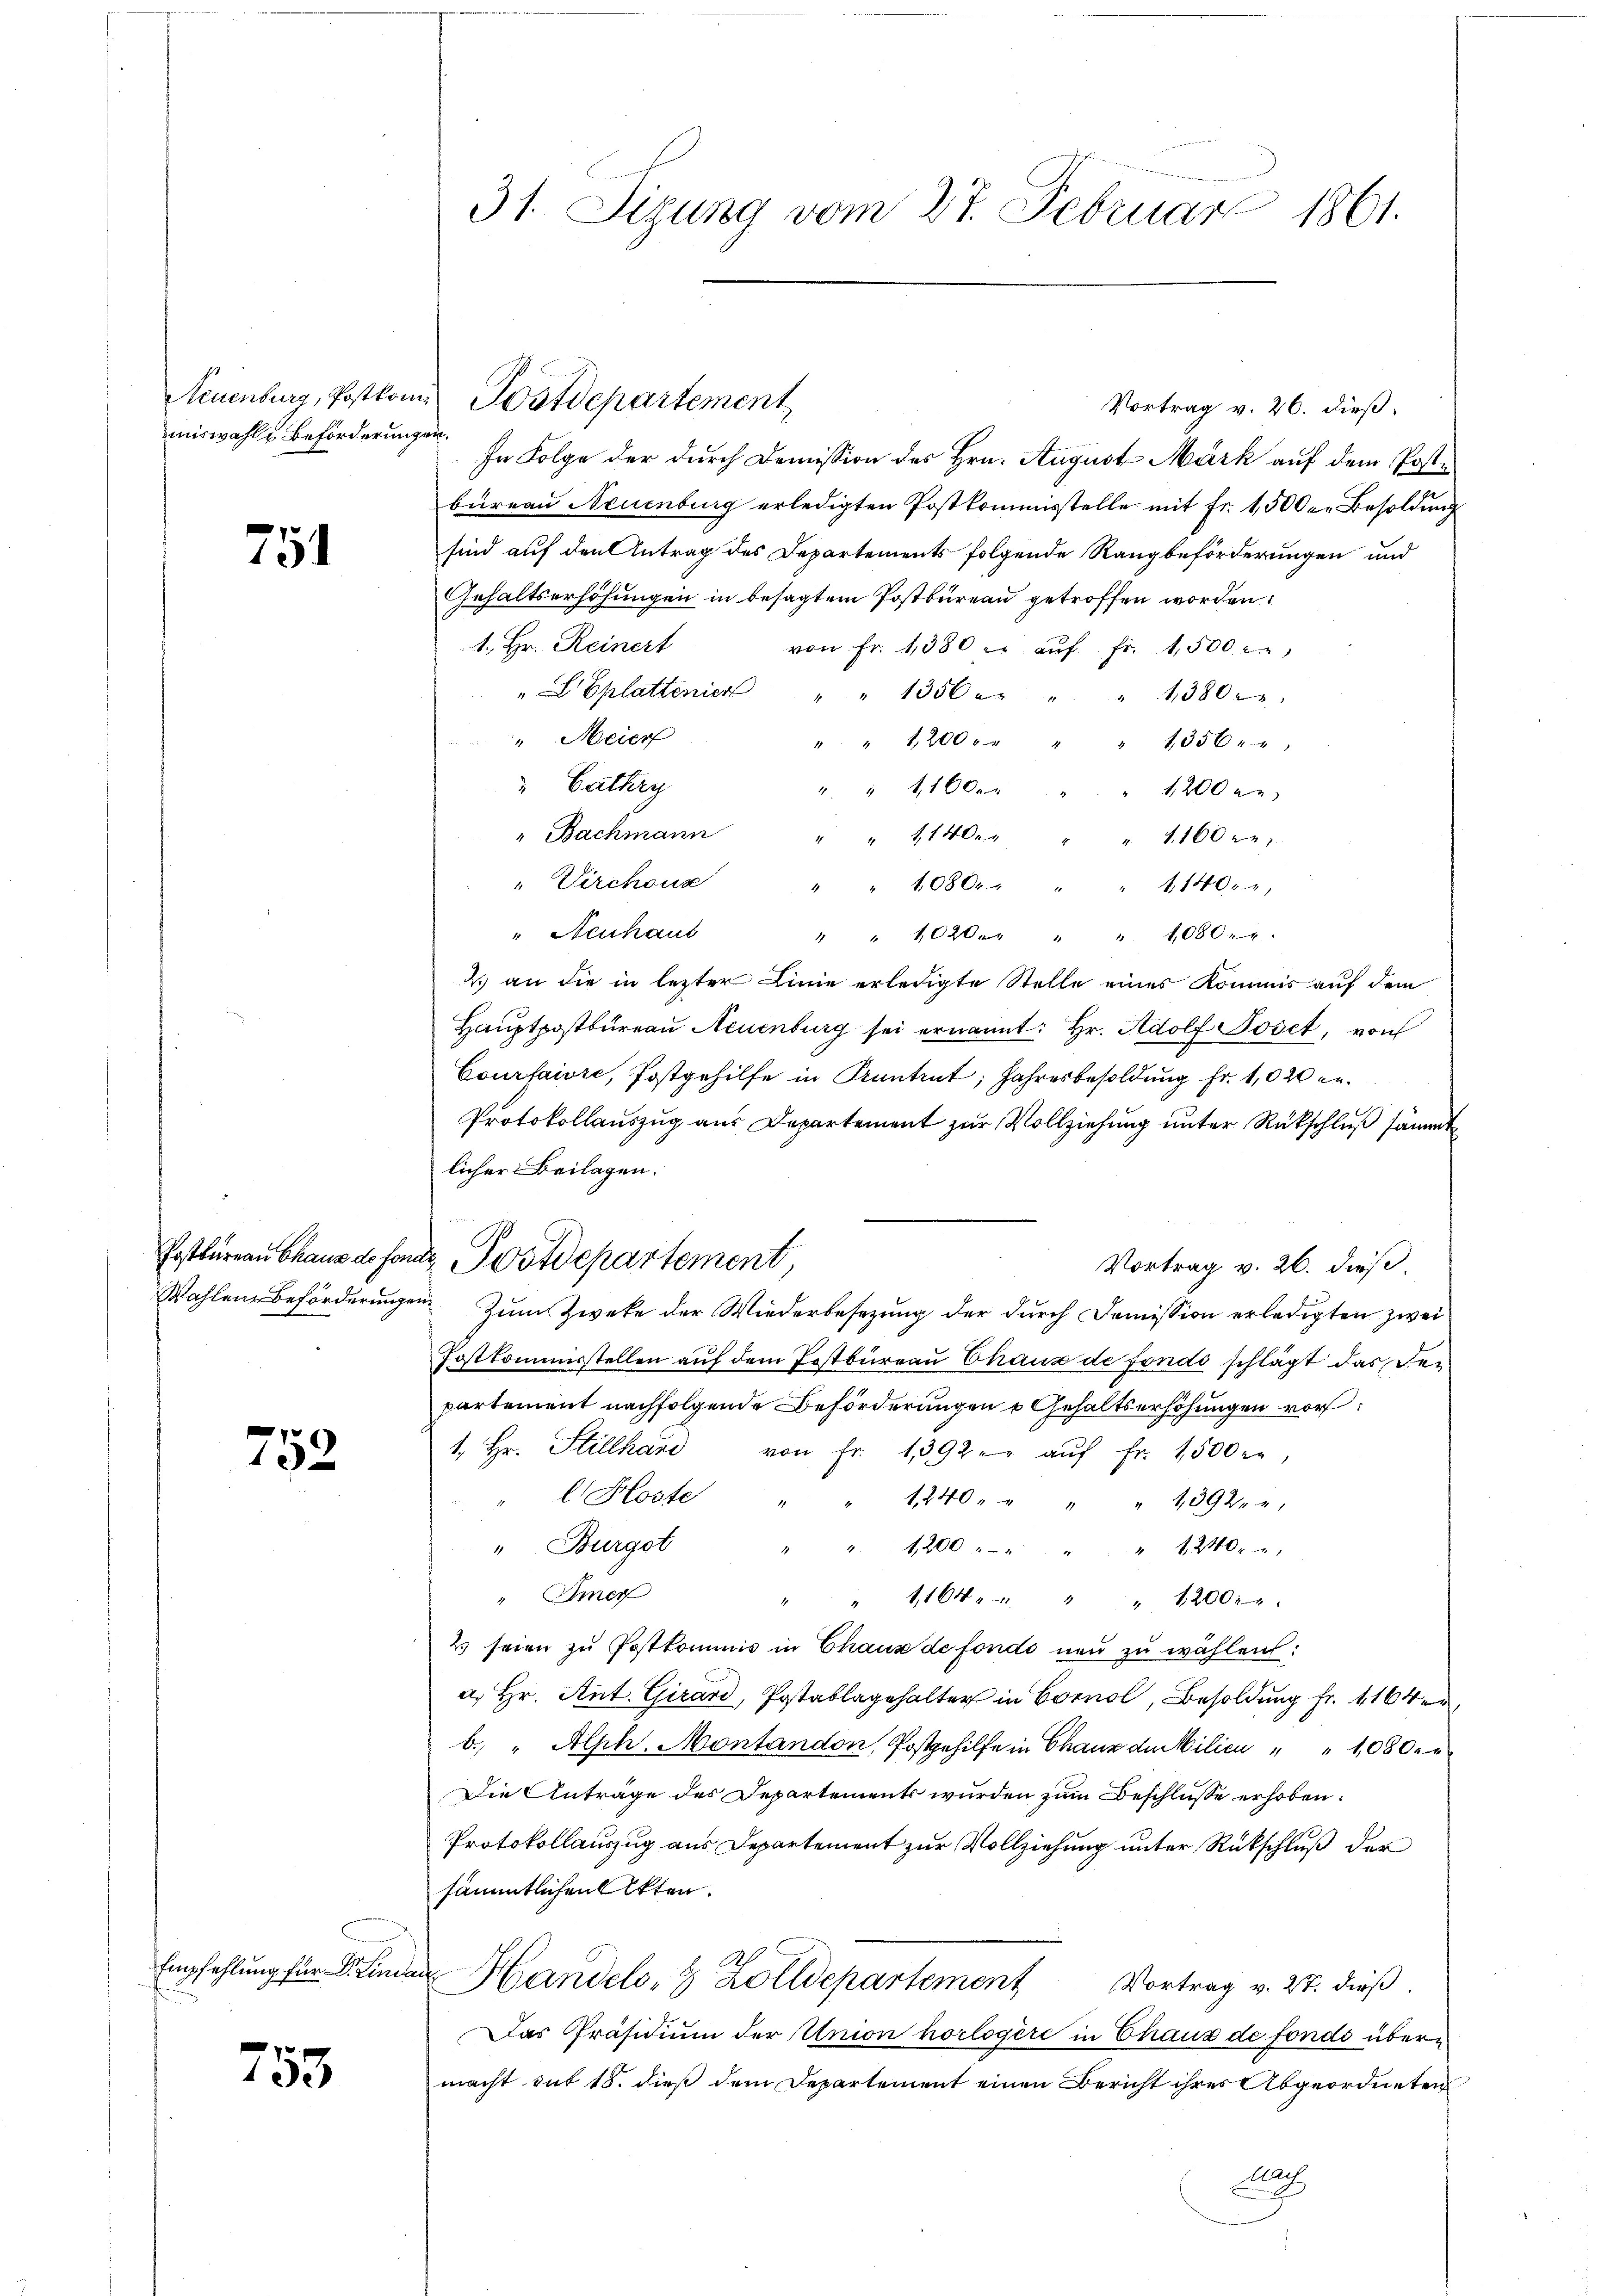
miswahls Beförderungen.

751

752

753

In Folge der durch Demission des Hrn. August Mark auf dem Poste
bureau Neuenburg erledigten Postkommisstelle mit Fr. 1500. Besoldung
sind auf den Antrag des Departements folgende Rangbeförderungen und
Gehaltserhöhungen in besagtem Postbüreau getroffen worden.
1. Hr. Reinert
von Fr. 1380 u. aŭf fr. 1500 x
"Eplattenien " " 1356 " " 1380
" Meier
" " 1200
" 1356.
" Cathry
" " 1100 r
" 1200 an
" Bachmann
" " 11400
1100
"Virchoux
" " 1080 " " " 11400
" Neuhaus
" " 1020 " " " 1080.1.
ds an die in lezter Linie erledigte Stelle eines Kommis auf dem
Haŭptpostbüreau Neuenburg sei ernannt: Hr. Adolf Joset, von
Courfaire, Postgehilfe in Kantent, Jahresbesoldung Fr. 1020 en
Protokollauszug aus Departement zur Vollziehung unter Rückschluß sämmt
licher Beilagen.
Fostkommisstellen auf dem Postbüreau Chaus de fondo schlägt das der
partement nachfolgende Beförderungen u Gehaltserhöhungen vor¬
1. Hr. Stillhard von fr. 1392. aŭf fr. 1500 re
" l Hoste
1240 " " " " 1392.
"Burgot
" " 1200 " " " " " 1240.
" Emer
" " 1164 " " " 1200.
23 seien zu Postkommis in Chaus de fonds neu zu wählen:
a. Hr. Ant. Girard, Postablagehalter in Corno, Besoldung fr. 416 de
b. " Alph. Montandon, Postgehilfe in Chauz der Milieu " " 1080.
Die Anträge des Departements wurden zum Beschlusse erhoben.
Protokollauszug aus Departement zur Vollziehung unter Rückschluß der
sämmtlichen Akten.
Empfehlung für Dr. Linder Handels, 8 Zolldepartement Vortrag v. 27. dieß.
Das Präsidium der Union horlogère in Chaus de fondo übermacht sub 18. dieß dem Departement einen Bericht ihres Abgeordneten
Ba

31. Sizung vom 27. Februar 1861.

Neuenburg, Postkom Postdepartement

Vortrag v. 26. dieß.

Postbureau Chaus de fonde Postdepartement,
Vortrag v. 26. dieß.
Wahlen beförderŭngen zŭm Zweke der Wiederbesetzŭng der dŭrch Domission erledigten zwei